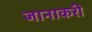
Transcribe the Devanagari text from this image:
जानाकरी